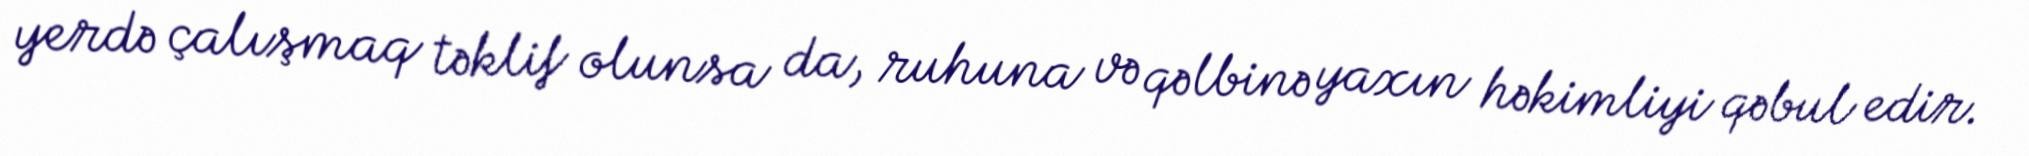
yerdə çalışmaq təklif olunsa da, ruhuna və qəlbinə yaxın həkimliyi qəbul edir.